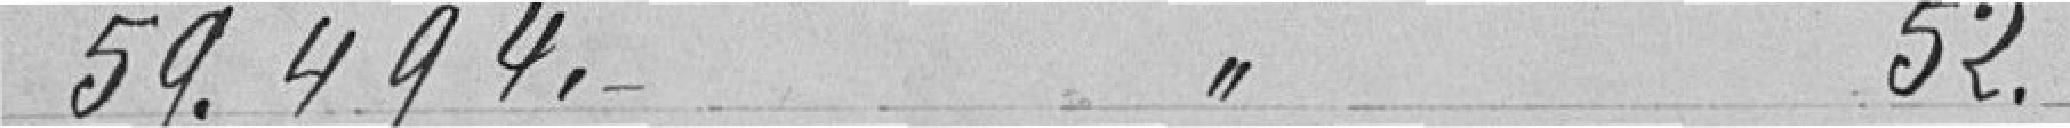
59.494. 52.